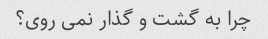
چرا به گشت و گذار نمی روی؟